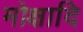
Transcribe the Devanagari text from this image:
मोक्षादि